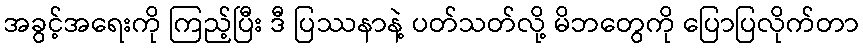
အခွင့်အရေးကို ကြည့်ပြီး ဒီ ပြဿနာနဲ့ ပတ်သတ်လို့ မိဘတွေကို ပြောပြလိုက်တာ